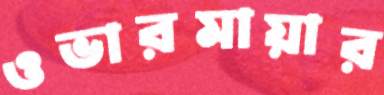
ওভারমায়ার